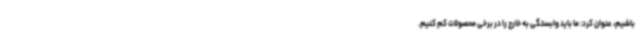
باشیم، عنوان کرد: ما باید وابستگی به خارج را در برخی محصولات کم کنیم.